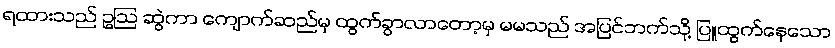
ရထားသည် ဥဩ ဆွဲကာ ကျောက်ဆည်မှ ထွက်ခွာလာတော့မှ မမသည် အပြင်ဘက်သို့ ပြူထွက်နေသော